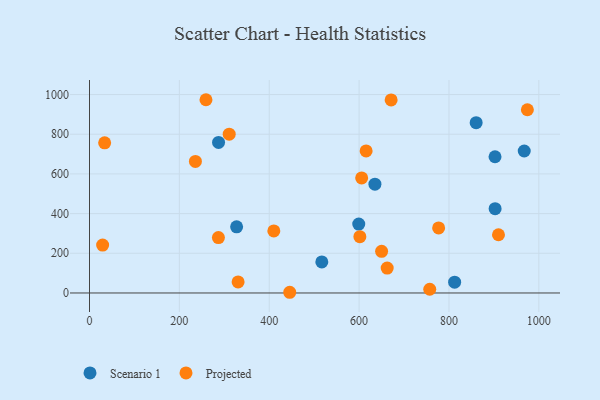
{"axis": {"x": "Price", "y": "Exam Score"}, "legend": ["Projected", "Scenario 1"], "data": [{"x": "812.6", "y": 54.4, "type": "Scenario 1"}, {"x": "635.2", "y": 548.5, "type": "Scenario 1"}, {"x": "902.5", "y": 686.4, "type": "Scenario 1"}, {"x": "967.5", "y": 715.5, "type": "Scenario 1"}, {"x": "517.0", "y": 156.3, "type": "Scenario 1"}, {"x": "599.2", "y": 347.0, "type": "Scenario 1"}, {"x": "860.5", "y": 858.1, "type": "Scenario 1"}, {"x": "287.2", "y": 758.5, "type": "Scenario 1"}, {"x": "327.4", "y": 333.4, "type": "Scenario 1"}, {"x": "902.7", "y": 424.7, "type": "Scenario 1"}, {"x": "650.1", "y": 210.1, "type": "Projected"}, {"x": "777.0", "y": 327.6, "type": "Projected"}, {"x": "33.7", "y": 756.7, "type": "Projected"}, {"x": "605.7", "y": 579.9, "type": "Projected"}, {"x": "235.7", "y": 663.0, "type": "Projected"}, {"x": "662.5", "y": 125.5, "type": "Projected"}, {"x": "310.9", "y": 800.4, "type": "Projected"}, {"x": "671.3", "y": 973.1, "type": "Projected"}, {"x": "259.2", "y": 973.9, "type": "Projected"}, {"x": "974.5", "y": 923.4, "type": "Projected"}, {"x": "29.2", "y": 241.2, "type": "Projected"}, {"x": "757.2", "y": 18.7, "type": "Projected"}, {"x": "410.2", "y": 312.7, "type": "Projected"}, {"x": "615.6", "y": 715.8, "type": "Projected"}, {"x": "445.6", "y": 3.5, "type": "Projected"}, {"x": "286.9", "y": 279.3, "type": "Projected"}, {"x": "330.7", "y": 55.8, "type": "Projected"}, {"x": "601.7", "y": 283.5, "type": "Projected"}, {"x": "910.2", "y": 293.4, "type": "Projected"}]}